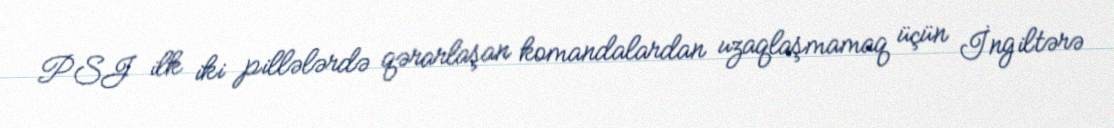
PSJ ilk iki pillələrdə qərarlaşan komandalardan uzaqlaşmamaq üçün İngiltərə